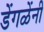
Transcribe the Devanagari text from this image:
डेंगळेंनी